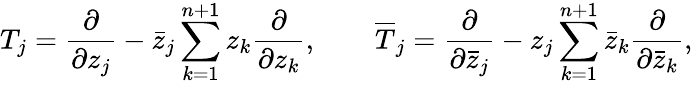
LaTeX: T_{j}=\frac{\partial}{\partial z_{j}}-\bar{z}_{j}\sum_{k=1}^{n+1}z_{k}\frac{\partial}{\partial z_{k}},\quad\quad\overline{{T}}_{j}=\frac{\partial}{\partial\bar{z}_{j}}-z_{j}\sum_{k=1}^{n+1}\bar{z}_{k}\frac{\partial}{\partial\bar{z}_{k}},